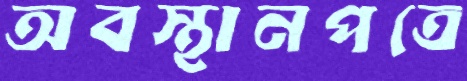
অবস্থানপত্রে